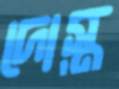
দোস্ত